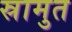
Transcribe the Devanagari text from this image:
स्रामुत